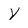
Character: Y